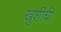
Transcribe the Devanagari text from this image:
खुशीची